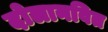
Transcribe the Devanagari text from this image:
दोलानवित